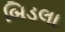
બિડલા